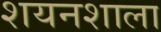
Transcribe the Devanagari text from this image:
शयनशाला